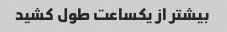
بیشتر از یکساعت طول کشید